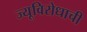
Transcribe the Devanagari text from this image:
ज्यूविरोधाची